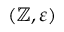
( \mathbb { Z } , \varepsilon )